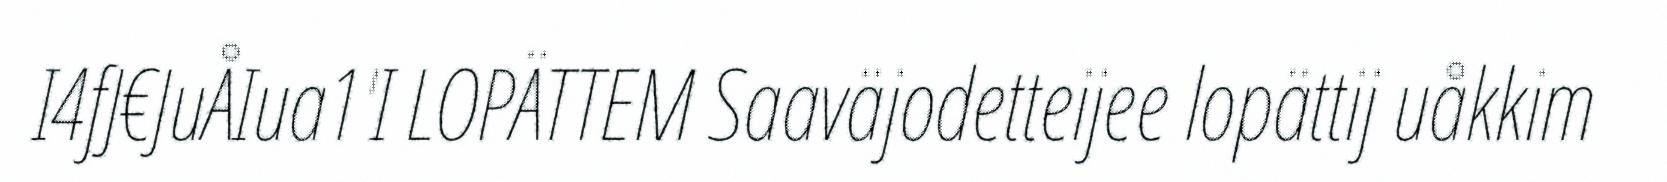
I4fJ€JuÅIua1'I LOPÄTTEM Saaväjodetteijee lopättij uåkkim